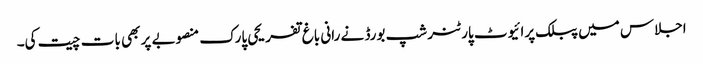
اجلاس میں پبلک پرائیوٹ پارٹنر شپ بورڈ نے رانی باغ تفریحی پارک منصوبے پر بھی بات چیت کی۔